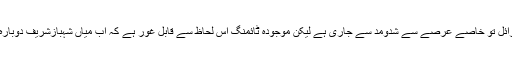
اپوزیشن رہنماؤں کا میڈیا ٹرائل تو خاصے عرصے سے شدومد سے جاری ہے لیکن موجودہ ٹائمنگ اس لحاظ سے قابل غور ہے کہ اب میاں شہبازشریف دوبارہ بلکہ سہ بارہ ٹارگٹ کیوں؟